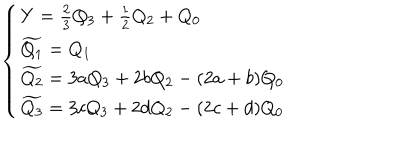
\left\{ \begin{array} { l } { { Y = \frac { 2 } { 3 } Q _ { 3 } + \frac { 1 } { 2 } Q _ { 2 } + Q _ { 0 } } } \\ { { \widetilde { Q _ { 1 } } = Q _ { 1 } } } \\ { { \widetilde { Q _ { 2 } } = 3 a Q _ { 3 } + 2 b Q _ { 2 } - ( 2 a + b ) Q _ { 0 } } } \\ { { \widetilde { Q _ { 3 } } = 3 c Q _ { 3 } + 2 d Q _ { 2 } - ( 2 c + d ) Q _ { 0 } } } \\ \end{array} \right.